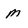
Character: m